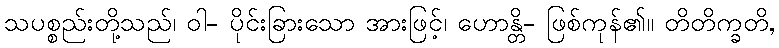
သပစ္စည်းတို့သည်၊ ဝါ- ပိုင်းခြားသော အားဖြင့်၊ ဟောန္တိ- ဖြစ်ကုန်၏။ တိတိက္ခတိ,